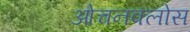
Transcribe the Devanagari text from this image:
ओचनक्लोस